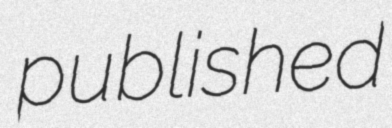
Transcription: published